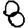
Digit: 8